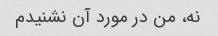
نه، من در مورد آن نشنیدم